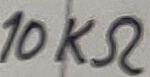
Text: 10KΩ